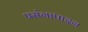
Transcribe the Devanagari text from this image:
प्रसंगापादन